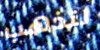
لتذهب